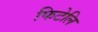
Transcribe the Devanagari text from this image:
फिटेलि